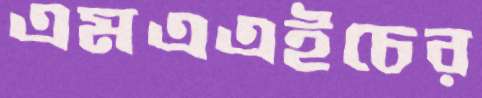
এমএএইচের